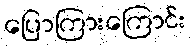
ပြောကြားကြောင်း